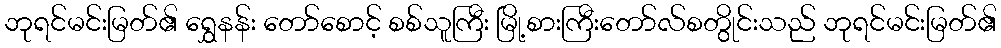
ဘုရင်မင်းမြတ်၏ ရွှေနန်း တော်စောင့် စစ်သူကြီး မြို့စားကြီးတော်လ်စတွိုင်းသည် ဘုရင်မင်းမြတ်၏